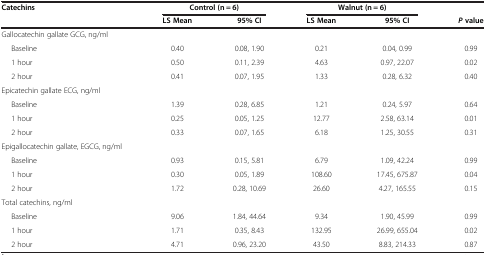
<table><thead><tr><td><b>Catechins</b></td><td colspan="2"><b>Control (n = 6)</b></td><td colspan="2"><b>Walnut (n = 6)</b></td><td><b> </b></td></tr><tr><td><b> </b></td><td><b>LS Mean</b></td><td><b>95% CI</b></td><td><b>LS Mean</b></td><td><b>95% CI</b></td><td><b><i>P</i> value</b></td></tr></thead><tbody><tr><td>Gallocatechin gallate GCG, ng/ml</td><td> </td><td> </td><td> </td><td> </td><td> </td></tr><tr><td>Baseline</td><td>0.40</td><td>0.08, 1.90</td><td>0.21</td><td>0.04, 0.99</td><td>0.99</td></tr><tr><td>1 hour</td><td>0.50</td><td>0.11, 2.39</td><td>4.63</td><td>0.97, 22.07</td><td>0.02</td></tr><tr><td>2 hour</td><td>0.41</td><td>0.07, 1.95</td><td>1.33</td><td>0.28, 6.32</td><td>0.40</td></tr><tr><td>Epicatechin gallate ECG, ng/ml</td><td> </td><td> </td><td> </td><td> </td><td> </td></tr><tr><td>Baseline</td><td>1.39</td><td>0.28, 6.85</td><td>1.21</td><td>0.24, 5.97</td><td>0.64</td></tr><tr><td>1 hour</td><td>0.25</td><td>0.05, 1.25</td><td>12.77</td><td>2.58, 63.14</td><td>0.01</td></tr><tr><td>2 hour</td><td>0.33</td><td>0.07, 1.65</td><td>6.18</td><td>1.25, 30.55</td><td>0.31</td></tr><tr><td>Epigallocatechin gallate, EGCG, ng/ml</td><td> </td><td> </td><td> </td><td> </td><td> </td></tr><tr><td>Baseline</td><td>0.93</td><td>0.15, 5.81</td><td>6.79</td><td>1.09, 42.24</td><td>0.99</td></tr><tr><td>1 hour</td><td>0.30</td><td>0.05, 1.89</td><td>108.60</td><td>17.45, 675.87</td><td>0.04</td></tr><tr><td>2 hour</td><td>1.72</td><td>0.28, 10.69</td><td>26.60</td><td>4.27, 165.55</td><td>0.15</td></tr><tr><td>Total catechins, ng/ml</td><td> </td><td> </td><td> </td><td> </td><td> </td></tr><tr><td>Baseline</td><td>9.06</td><td>1.84, 44.64</td><td>9.34</td><td>1.90, 45.99</td><td>0.99</td></tr><tr><td>1 hour</td><td>1.71</td><td>0.35, 8.43</td><td>132.95</td><td>26.99, 655.04</td><td>0.02</td></tr><tr><td>2 hour</td><td>4.71</td><td>0.96, 23.20</td><td>43.50</td><td>8.83, 214.33</td><td>0.87</td></tr></tbody></table>